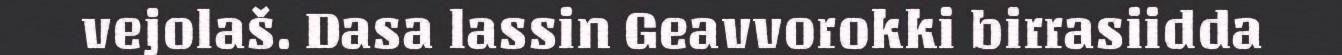
vejolaš. Dasa lassin Geavvorokki birrasiidda